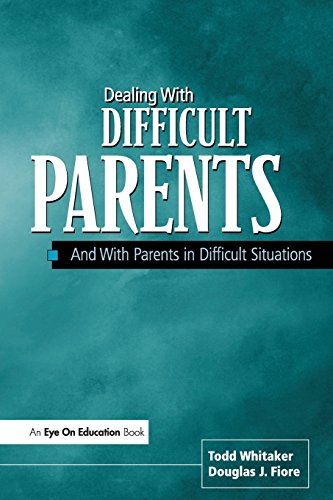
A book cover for Dealing With Difficult Parents And With Parents in Difficult Situations; Todd Whitaker; Education & Teaching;